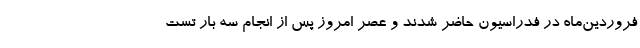
فروردین‌ماه در فدراسیون حاضر شدند و عصر امروز پس از انجام سه بار تست